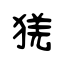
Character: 猐